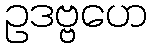
ဥဒဗ္ဗဟေ